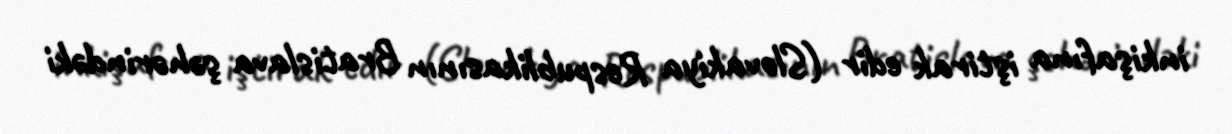
inkişafına iştirak edir (Slovakiya Respublikasının Bratislava şəhərindəki